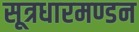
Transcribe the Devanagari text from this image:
सूत्रधारमण्डन